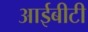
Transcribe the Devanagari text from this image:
आईबीटी